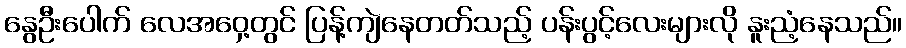
နွေဦးပေါက် လေအဝှေ့တွင် ပြန့်ကျဲနေတတ်သည့် ပန်းပွင့်လေးများလို နူးညံ့နေသည်။